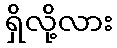
ရှိလို့လား